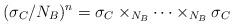
LaTeX: \begin{align*} (\sigma _C/N_B)^n = \sigma _C \times _{N_B} \cdots \times _{N_B} \sigma _C \end{align*}